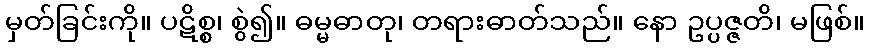
မှတ်ခြင်းကို။ ပဋိစ္စ၊ စွဲ၍။ ဓမ္မဓာတု၊ တရားဓာတ်သည်။ နော ဥပ္ပဇ္ဇတိ၊ မဖြစ်။